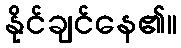
နိုင်ချင်နေ၏။